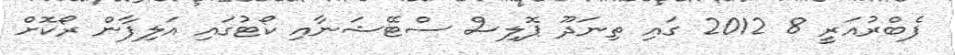
ފެބްރުއަރީ 8 2012 ގައި ތިނަދޫ ޕޮލިސް ސްޓޭޝަނާއި ކޯޓުގައި އަލިފާން ރޯކޮށް